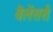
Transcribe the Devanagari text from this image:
बैलेंसर्स